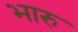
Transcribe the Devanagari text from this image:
भारु